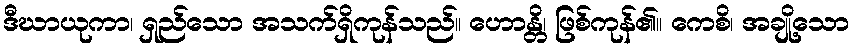
ဒီဃာယုကာ၊ ရှည်သော အသက်ရှိကုန်သည်။ ဟောန္တိ၊ ဖြစ်ကုန်၏။ ကေစိ၊ အချို့သော